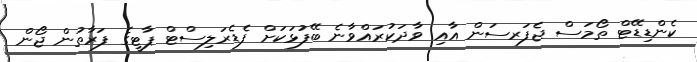
ކެންޑިޑޭޓް ތޯމަސް ޖެފަރސަން އާއި ވާދަކުރައްވާނެ ބޭފުޅަކަށް ފެޑެރަލިސްޓް ޕާޓީގެ ފަރާތުން ޖޯން